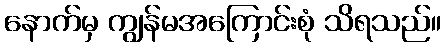
နောက်မှ ကျွန်မအကြောင်းစုံ သိရသည်။